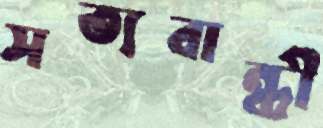
সত্যবান্ধী